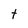
Character: t